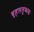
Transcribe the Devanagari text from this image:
बृहललुब्धक